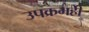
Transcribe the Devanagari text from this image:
उपक्रमहीे